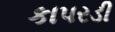
કાપરડી